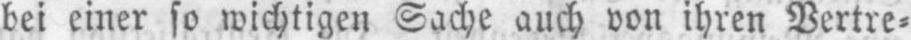
bei einer so wichtigen Sache auch von ihren Vertre⸗